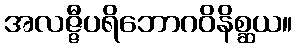
အလဇ္ဇီပရိဘောဂဝိနိစ္ဆယ။